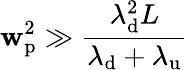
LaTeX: \mathbf{w}_{\mathrm{{p}}}^{2}\gg\frac{{\lambda_{\mathrm{{d}}}^{2}L}}{{\lambda_{\mathrm{{d}}}+\lambda_{\mathrm{{u}}}}}